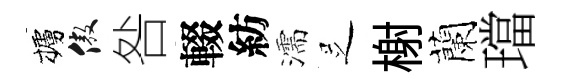
櫨傲咎輟紡濡𠯁榭蘭璫